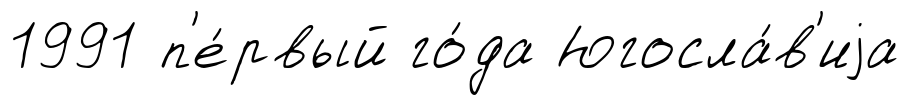
1991 п'е́рвый го́да Югосла́в'иjа